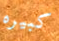
كبيره